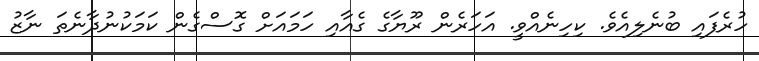
ހުރެފައި ބުނެލިއެވެ. ކިހިނެއްވީ. އަހަރެން ރޫޔާގެ ގެއާއި ހަމައަށް ގޮސްގެން ކަމަކުނުދާނެތަ ނާޒު